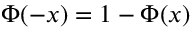
\Phi ( - x ) = 1 - \Phi ( x )